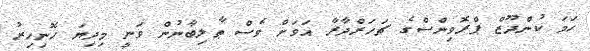
ހަމަ ކުންދޫޒް ޕްރޮވިންސްގެ ޗަހަރްދާރާ އަވަށް ވެސް ޠާލިބާނުން ވަނީ މިދިޔަ ހޮނިހިރު